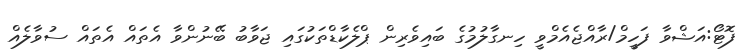
ފޮޓޯ:އަޝްވާ ފަހީމް/ރާއްޖެއެމްވީ ހިނގާލުމުގެ ބައިވެރިން ޕްލެކާޑްތަކުގައި ޖަވާބު ބޭނުންވާ އެތައް އެތައް ސުވާލެއް